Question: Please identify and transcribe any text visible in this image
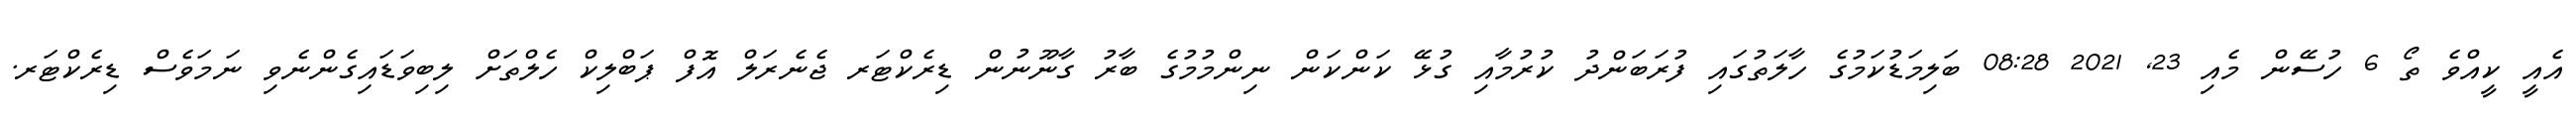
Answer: އެއީ ކީއްވެ ތޯ 6 ހުސޭން މެއި 23, 2021 08:28 ބަލިމަޑުކަމުގެ ހާލަތުގައި ފުރަބަންދު ކުރުމާއި ގުޅޭ ކަންކަން ނިންމުމުގެ ބާރު ގާނޫނުން ޑިރެކްޓަރ ޖެނެރަލް އޮފް ޕަބްލިކް ހެލްތަށް ލިބިވަޑައިގެންނެވި ނަމަވެސް ޑިރެކްޓަރ.